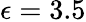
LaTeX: \epsilon=3.5